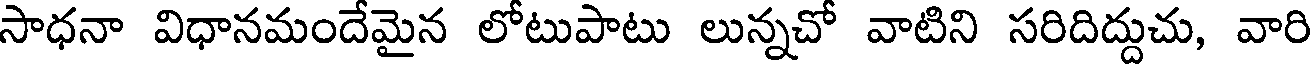
సాధనా విధానమందేమైన లోటుపాటు లున్నచో వాటిని సరిదిద్దుచు, వారి